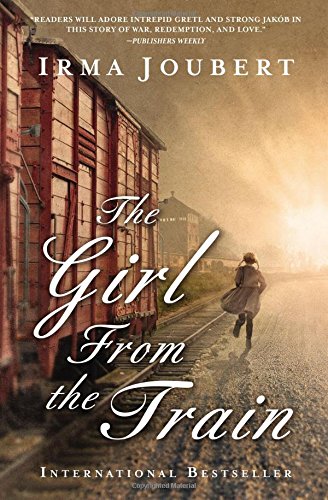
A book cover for The Girl From the Train; Irma Joubert; Romance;